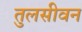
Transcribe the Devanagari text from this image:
तुलसीवन